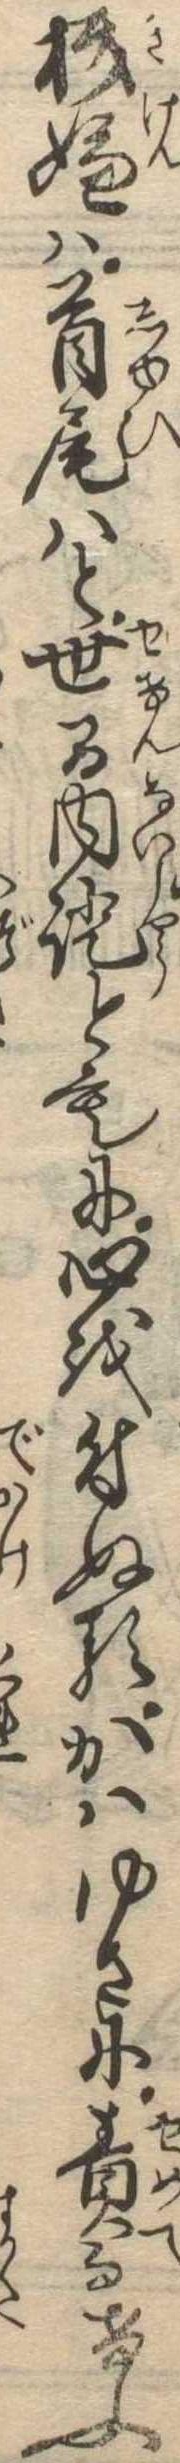
機嫌は首尾はと世間内証ともに心を付ぬるかはゆさに責而けふ